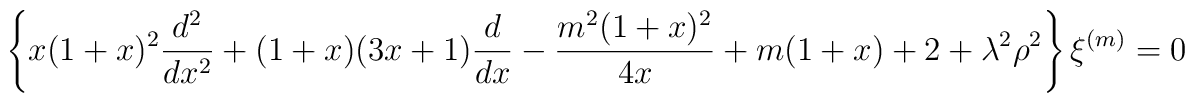
\left\{ x ( 1 + x)^{2} \frac{d^{2}}{dx^{2}} + (1 + x) (3x +1)  \frac{d}{dx} - \frac{m^{2} (1+x)^{2}}{4 x} + m (1 + x) + 2 +  \lambda^{2} \rho^{2} \right\} \xi^{(m)} = 0